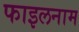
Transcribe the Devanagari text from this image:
फाइलनाम